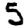
Digit: 5